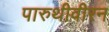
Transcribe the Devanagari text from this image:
पारुथीवीरन